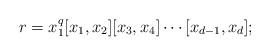
LaTeX: \begin{align*} r=x_1^q[x_1,x_2][x_3,x_4]\cdots[x_{d-1},x_d];\end{align*}